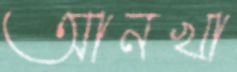
আনখা